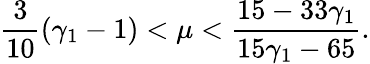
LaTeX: \frac{3}{10}(\gamma_{1}-1)<\mu<\frac{15-33\gamma_{1}}{15\gamma_{1}-65}.